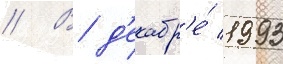
// В д'екабр'е́ 1993